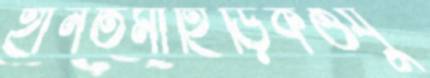
হীনতমাহিড়িকওযু